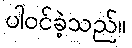
ပါဝင်ခဲ့သည်။